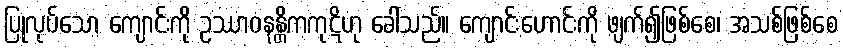
ပြုလုပ်သော ကျောင်းကို ဥဿာဝနန္တိကကုဋိဟု ခေါ်သည်။ ကျောင်းဟောင်းကို ဖျက်၍ဖြစ်စေ၊ အသစ်ဖြစ်စေ